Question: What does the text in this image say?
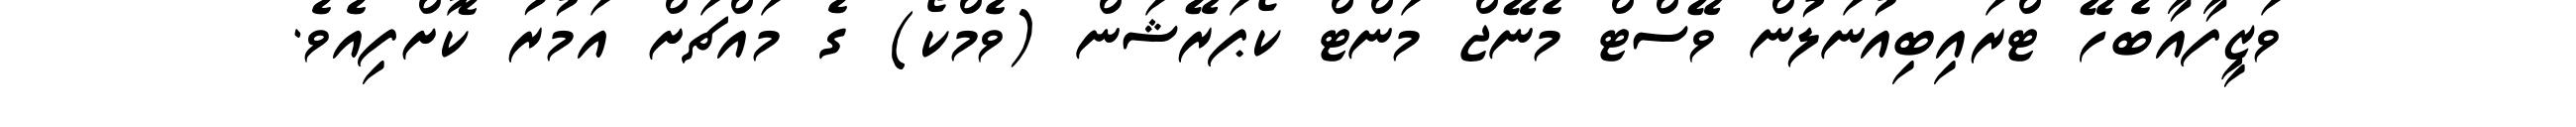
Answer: ވަޒީފާއާބެހޭ ޓްރައިބިއުނަލުން ވޭސްޓް މެނޭޖް މަންޓް ކޯޕަރޭޝަން (ވެމްކޯ) ގެ މައްޗަށް އަމުރު ކޮށްފިއެވެ.